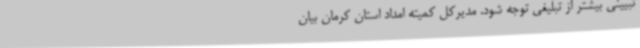
تبیینی بیشتر از تبلیغی توجه شود. مدیرکل کمیته امداد استان کرمان بیان